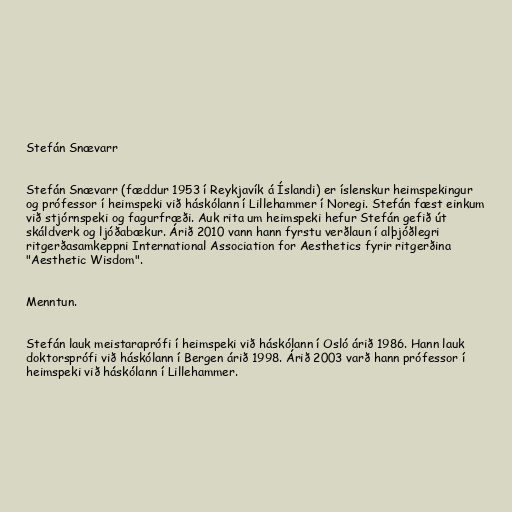
Stefán Snævarr

Stefán Snævarr (fæddur 1953 í Reykjavík á Íslandi) er íslenskur heimspekingur
og prófessor í heimspeki við háskólann í Lillehammer í Noregi. Stefán fæst einkum
við stjórnspeki og fagurfræði. Auk rita um heimspeki hefur Stefán gefið út
skáldverk og ljóðabækur. Árið 2010 vann hann fyrstu verðlaun í alþjóðlegri
ritgerðasamkeppni International Association for Aesthetics fyrir ritgerðina
"Aesthetic Wisdom".

Menntun.

Stefán lauk meistaraprófi í heimspeki við háskólann í Osló árið 1986. Hann lauk
doktorsprófi við háskólann í Bergen árið 1998. Árið 2003 varð hann prófessor í
heimspeki við háskólann í Lillehammer.